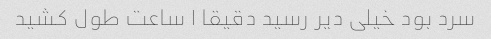
سرد بود خیلی دیر رسید دقیقا ۱ ساعت طول کشید